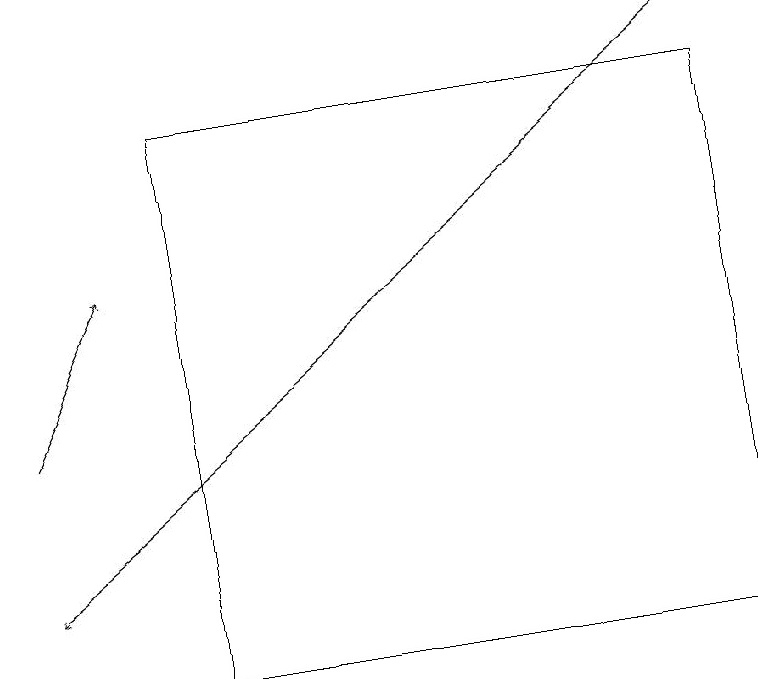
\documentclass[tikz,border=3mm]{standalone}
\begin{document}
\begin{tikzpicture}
\draw[->] (0,14) -- (1,16);
\draw (2,18) rectangle (9,11);
\draw[->] (9,19) -- (0,12);
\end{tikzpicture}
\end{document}